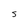
Character: S